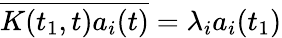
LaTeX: \overline{{K(t_{1},t)a_{i}(t)}}=\lambda_{i}a_{i}(t_{1})